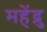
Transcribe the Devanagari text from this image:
महेंद्रु